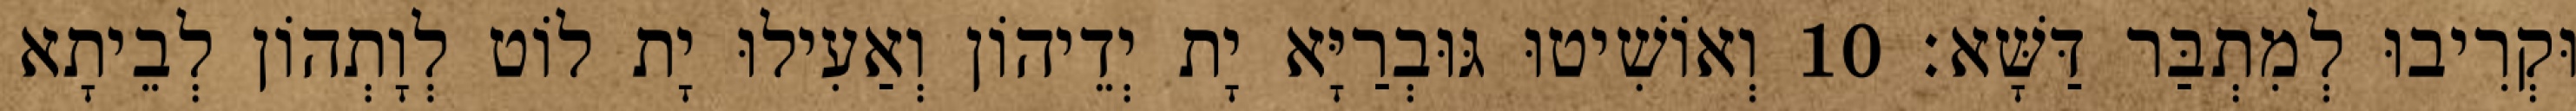
וּקְרִיבוּ לְמִתְבַּר דַּשָּׁא׃ 10 וְאוֹשִׁיטוּ גּוּבְרַיָּא יָת יְדֵיהוֹן וְאַעִילוּ יָת לוֹט לְוָתְהוֹן לְבֵיתָא